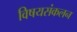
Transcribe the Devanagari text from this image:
विषयसंकलन